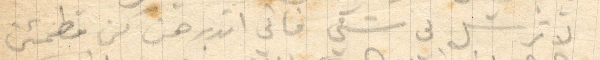
لا ترسل لي شيء فاني اتدبرهن من مطمئن